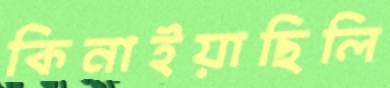
কিনাইয়াছিলি